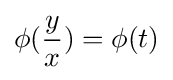
\phi ({\frac {y}{x}})=\phi (t)